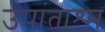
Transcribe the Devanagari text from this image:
उपांताश्म